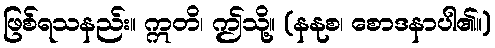
ဖြစ်ရသနည်း။ ဣတိ၊ ဤသို့။ (နနုစ၊ စောဒနာပါ၏။)